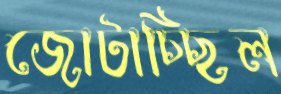
জোটাচ্ছিল